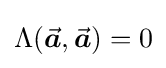
\Lambda ({\vec {\boldsymbol {a}}},{\vec {\boldsymbol {a}}})=0